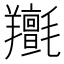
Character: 𦏫